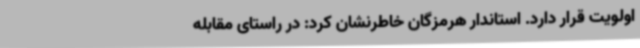
اولویت قرار دارد. استاندار هرمزگان خاطرنشان کرد: در راستای مقابله